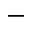
^ -